Vaccination North-Western Provinces and Oudh 1896-1901 - 1896-1901
Year: 1896
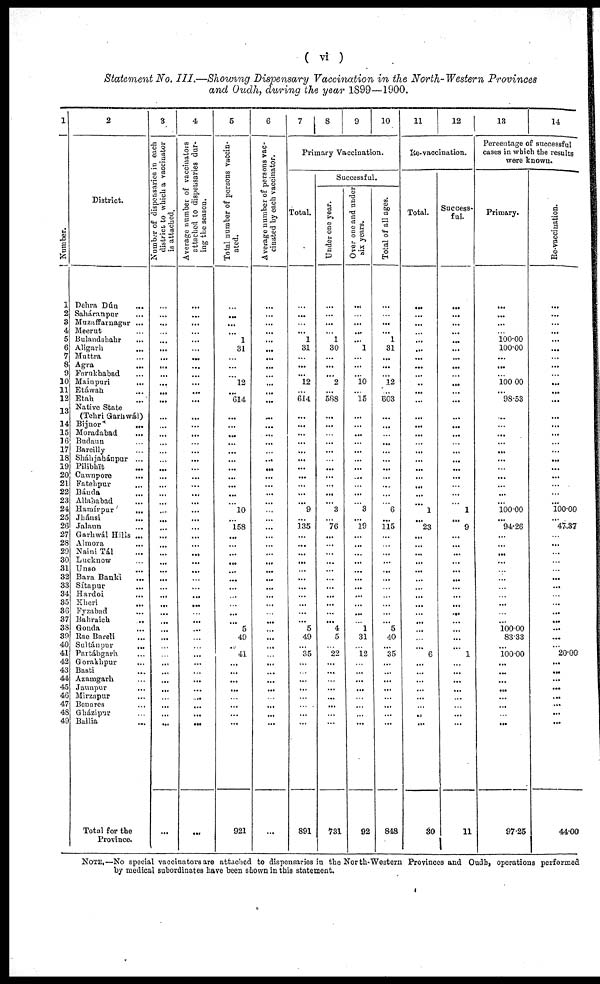
( vi )
Statement No. III.—Showing Dispensary Vaccination in the North-Western Provinces
and Oudh, during the year 1899—1900.
1
Number.
1
2
3
4
5
6
7
8
9
10
11
12
13
14
15
16
17
18
19
20
21
22
23
24
25
26
27
28
29
30
31
32
33
34
35
36
37
3S
39
40
41
42
43
44
45
46
47
48
49
2
District.
Dehra Dún ...
Saháranpur ...
Muzuffarnagar ...
Meerut ...
Bulandshahr ...
Aligarh ...
Muttra ...
Agra ...
Farukhabad ...
Mainpuri
...
Etáwah ...
Etah ...
Native State
(Tehri Garhwál)
Bijnor
...
Moradabad ...
Budaun ...
Bareilly ...
Sháhjahánpur ...
Pilibhit ...
Cawnpore ...
Fatehpur ...
Bánda ...
Allahabad ...
Hamírpur
...
Jhánsi ...
Jalaun ...
Garhwál Hills ...
Almora ...
Naini Tál ...
Lucknow ...
Unso ...
Bara Banki ...
Sítapur ...
Hardoi ...
Khori ...
Fyzabad ...
Bahraich
...
Gonda ...
Rae Bareli ...
Sultánpur
...
Partábgarh
Gorakhpur ...
Basti ...
Azamgarh ...
Jaunpur ...
Mirzapur ...
Benares ...
Gházipur ...
Ballia ...
Total for the
Province.
3
Number of dispensaries in each
district to which a vaccinator
is attached.
...
...
...
...
...
...
...
...
...
...
...
...
...
...
...
...
...
...
...
...
...
...
...
...
...
...
...
...
...
...
...
...
...
...
...
...
...
...
...
...
...
...
...
...
...
...
...
...
...
...
4
Average number of vaccinators
attached to dispensaries dur-
ing the season.
...
...
...
...
...
...
...
...
...
...
...
...
...
...
...
...
...
...
...
...
...
...
...
...
...
...
...
...
...
...
...
...
...
...
...
...
...
...
...
...
...
...
...
...
...
...
...
...
...
...
5
Total number of persons vaccin-
ated.
...
...
...
...
1
31
...
...
...
l2
...
614
...
...
...
...
...
...
...
...
...
...
...
10
...
158
...
...
...
...
...
...
...
...
...
...
...
5
49
...
41
...
...
...
...
...
...
...
...
921
6
Average number of persons vac-
cinated by each vaccinator.
...
...
...
...
...
...
...
...
...
...
...
...
...
...
...
...
...
...
...
...
...
...
...
...
...
...
...
...
...
...
...
...
...
...
...
...
...
...
...
...
...
...
...
...
...
...
...
...
...
...
7
8
9
10
Primary Vaccination.
Total.
...
...
...
...
1
31
...
...
...
12
...
614
...
...
...
...
...
...
...
...
...
...
...
9
...
135
...
...
...
...
...
...
...
...
...
...
...
5
49
...
35
...
...
...
...
...
...
...
...
891
Successful.
Under one year.
...
...
...
...
1
30
...
...
...
2
...
588
...
...
...
...
...
...
...
...
...
...
...
3
...
76
...
...
...
...
...
...
...
...
...
...
...
4
5
...
22
...
...
...
...
...
...
...
...
731
Over one and under
six years.
...
...
...
...
...
1
...
...
...
10
...
15
...
...
...
...
...
...
...
...
...
...
...
3
...
19
...
...
...
...
...
...
...
...
...
...
...
1
31
...
12
...
...
...
...
...
...
...
...
92
Total of all ages.
...
...
...
...
1
31
...
...
...
12
...
603
...
...
...
...
...
...
...
...
...
...
...
6
...
115
...
...
...
...
...
...
...
...
...
...
...
5
40
...
35
...
...
...
...
...
...
...
...
848
11
12
Re-vaccination.
Total.
...
...
...
...
...
...
...
...
...
...
...
...
...
...
...
...
...
...
...
...
...
...
...
1
...
23
...
...
...
...
...
...
...
...
...
...
...
...
...
...
6
...
...
...
...
...
...
...
...
30
Success-
ful.
...
...
...
...
...
...
...
...
...
...
...
...
...
...
...
...
...
...
...
...
...
...
...
1
...
9
...
...
...
...
...
...
...
...
...
...
...
...
...
...
1
...
...
...
...
...
...
...
...
11
13
14
Percentage of successful
cases in which the results
were known.
Primary.
...
...
...
...
100.00
100.00
...
...
...
100.00
...
98.53
...
...
...
...
...
...
...
...
...
...
...
100.00
...
94.26
...
...
...
...
...
...
...
...
...
...
...
100.00
83.33
...
100.00
...
...
...
...
...
...
...
...
97.25
Re-vaccination.
...
...
...
...
...
...
...
...
...
...
...
...
...
...
...
...
...
...
...
...
...
...
...
100.00
...
47.37
...
...
...
...
...
...
...
...
...
...
...
...
...
...
20.00
...
...
...
...
...
...
...
...
44.00
NOTE.—No special vaccinators are attached to dispensaries in the North-Western Provinces and Oudh, operations performed
by medical subordinates have been shown in this statement.